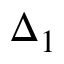
\Delta _ { 1 }